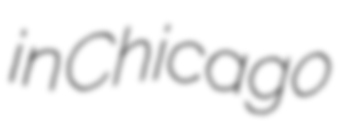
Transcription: in Chicago